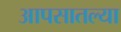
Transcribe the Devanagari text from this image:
आपसातल्या